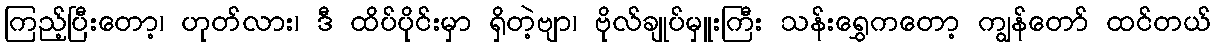
ကြည့်ပြီးတော့၊ ဟုတ်လား၊ ဒီ ထိပ်ပိုင်းမှာ ရှိတဲ့ဗျာ၊ ဗိုလ်ချုပ်မှူးကြီး သန်းရွှေကတော့ ကျွန်တော် ထင်တယ်